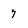
Character: 7